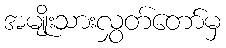
အမျိုးသားလွှတ်တော်မှ